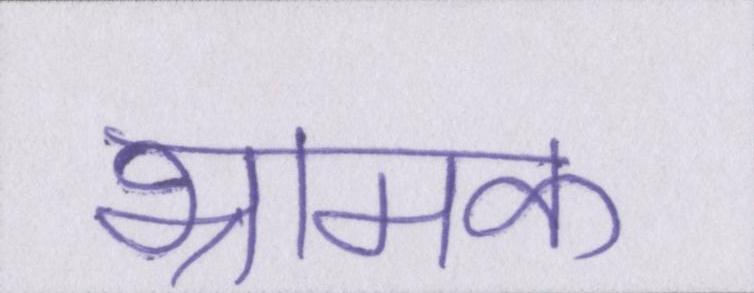
भ्रामक